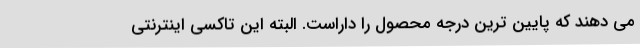
می دهند که پایین ترین درجه محصول را داراست. البته این تاکسی اینترنتی